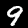
Label: 9